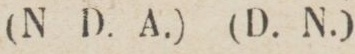
(N D. A.) (D. N.)